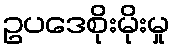
ဥပဒေစိုးမိုးမှု